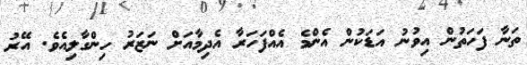
ތަނާ ފަހަތުން އިވުނު އަޑަކުން އެންމެ އެއްފަހަރާ އެދިމާއަށް ނަޒަރު ހިންގާލިއެވެ. އޭރު